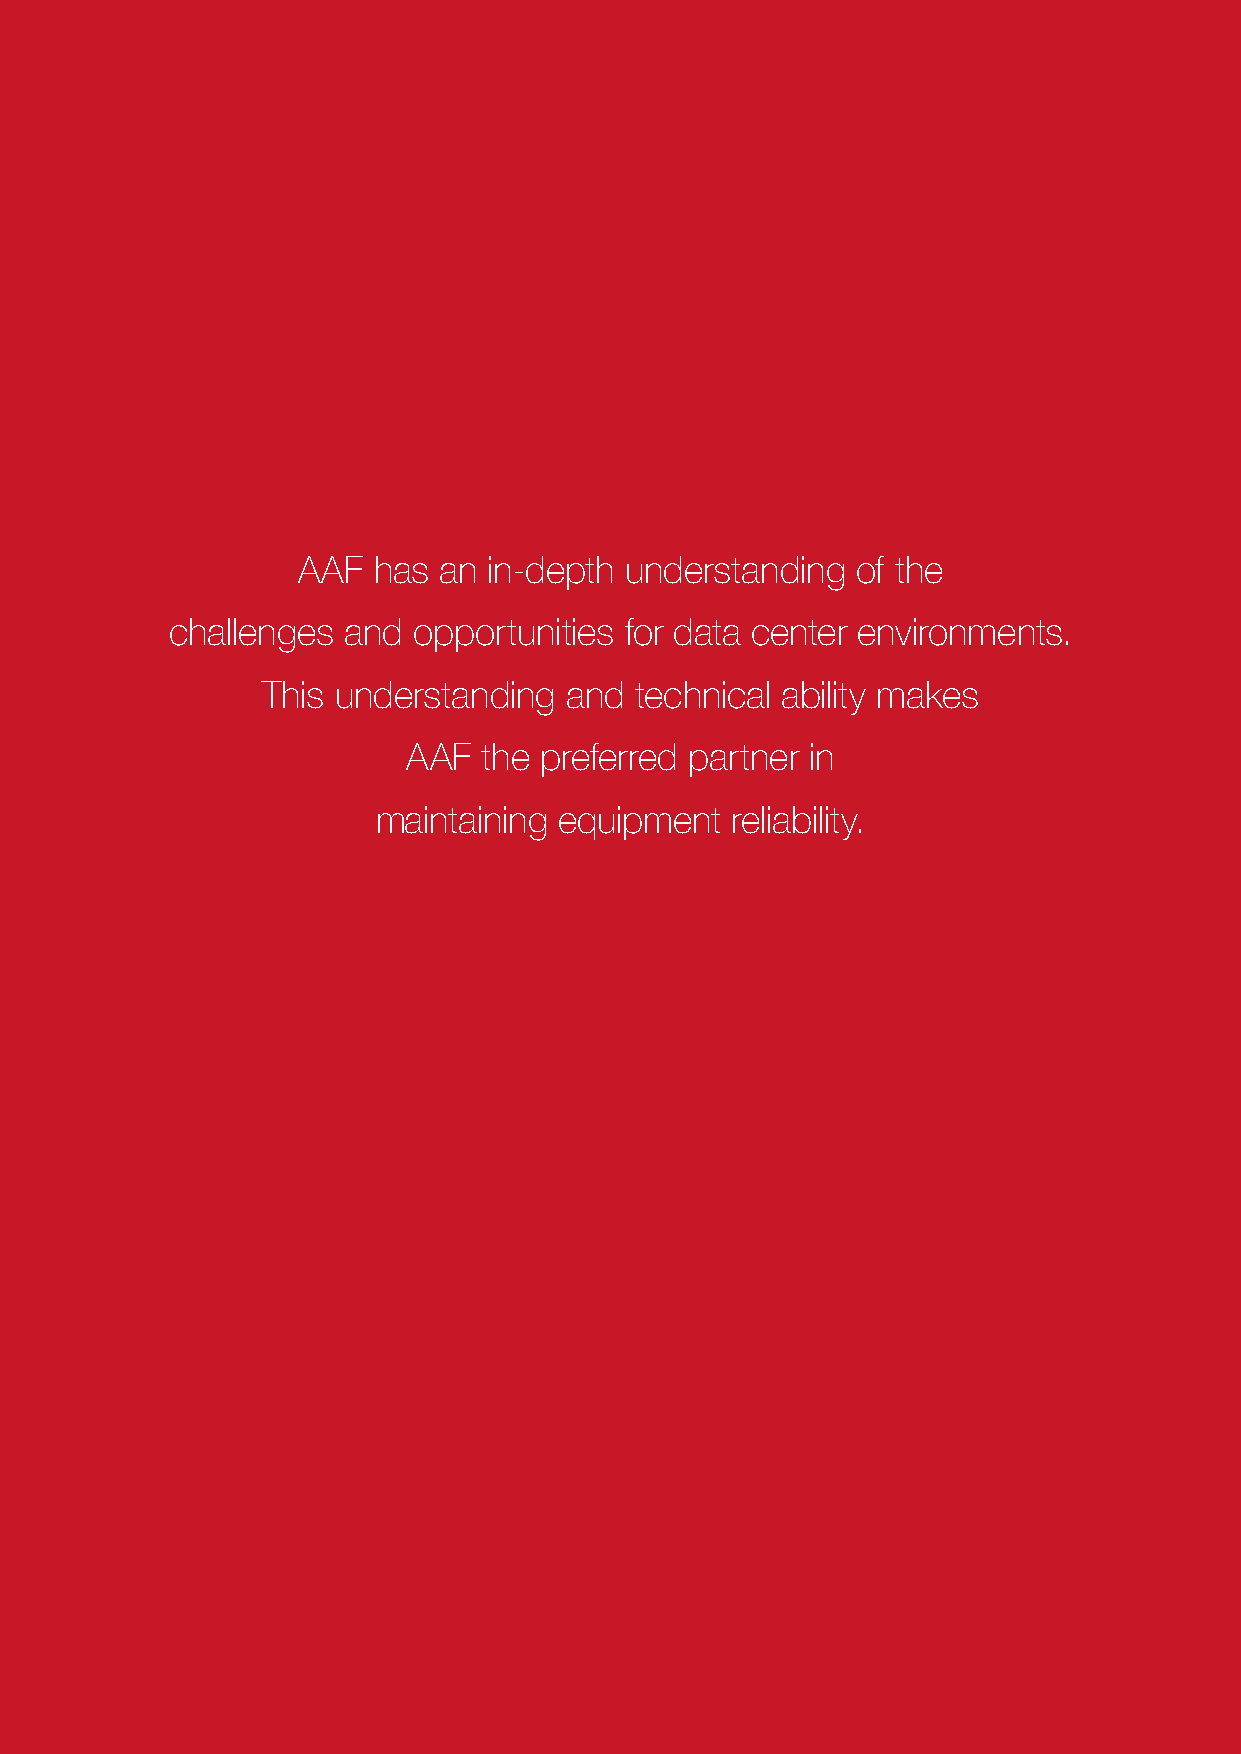
AAF  has an in-depth understanding   of the
 challenges  and opportunities for data center environments.
 This understanding  and  technical ability makes
 AAF  the preferred partner in
 maintaining equipment  reliability.
 2